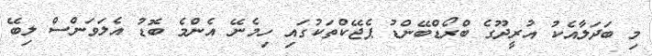
މި ބަދަލާއެކު އުރީދޫގެ ބްރޯޑްބޭންޑު ޕެޖޭކްތަކުގައި ހިމެނޭ އެންމެ ބޮޑު އެލަވަންސް ލިބޭ